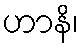
ဟာနိ၊